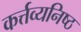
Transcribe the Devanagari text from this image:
कर्त्तव्यनिष्ठ